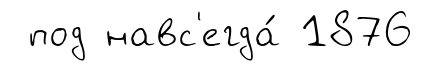
под навс'егда́ 1876